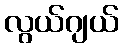
လွယ်ဂျယ်